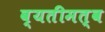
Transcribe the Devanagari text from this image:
व्यतीमत्व